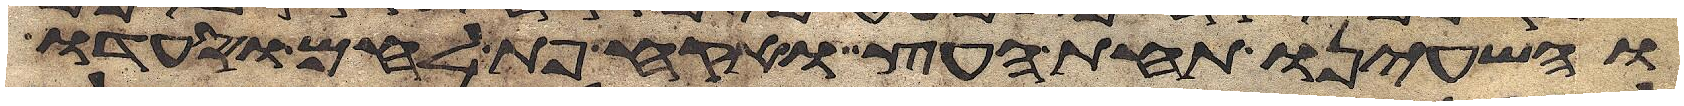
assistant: והשעינו תחת העץ ואקח פת לחם וסעדו